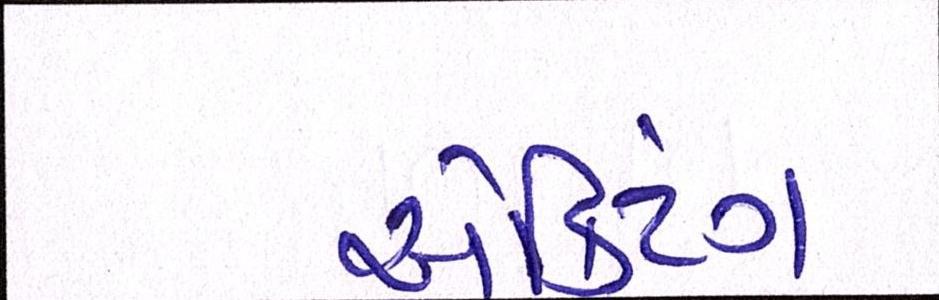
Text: ઍક્ટિંગ